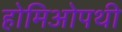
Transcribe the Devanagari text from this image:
होमिओपथी